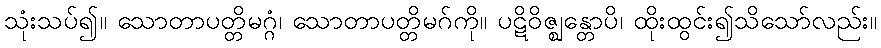
သုံးသပ်၍။ သောတာပတ္တိမဂ္ဂံ၊ သောတာပတ္တိမဂ်ကို။ ပဋိဝိဇ္ဈန္တောပိ၊ ထိုးထွင်း၍သိသော်လည်း။